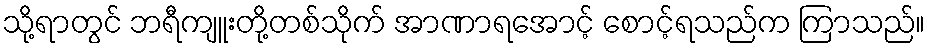
သို့ရာတွင် ဘရီကျူးတို့တစ်သိုက် အာဏာရအောင့် စောင့်ရသည်က ကြာသည်။